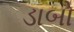
ડાબો